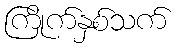
ကြိုက်နှစ်သက်